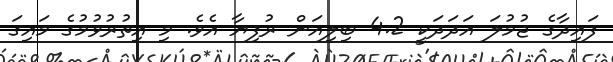
ފައިދާގެ ޖުމުލަ އަދަދަކީ 4.2 ބިލިއަން ރުފިޔާ އެވެ. މި އިތުރުވުމުގެ މައިގަ